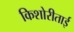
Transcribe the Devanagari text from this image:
किशोरीताई